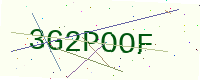
Text: 3G2POOF